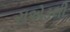
રાએડલી